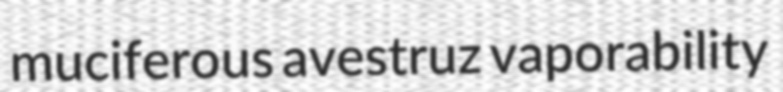
muciferous avestruz vaporability